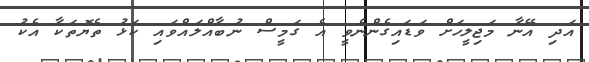
އަދި އޭނާ މަޖިލީހަށް ވަޑައިގެންނެވީ އެ ގަމީސް ނުބާއްލަައްވައި ކަޅު ތެޔޮތަކާ އެކު